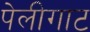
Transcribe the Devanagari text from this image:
पेलीगाट